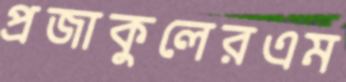
প্রজাকুলেরএম